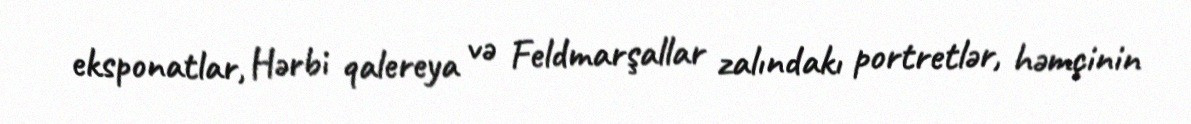
eksponatlar, Hərbi qalereya və Feldmarşallar zalındakı portretlər, həmçinin